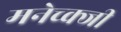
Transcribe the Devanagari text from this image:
मनेच्क्जी